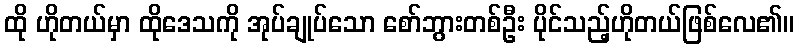
ထို ဟိုတယ်မှာ ထိုဒေသကို အုပ်ချုပ်သော စော်ဘွားတစ်ဦး ပိုင်သည့်ဟိုတယ်ဖြစ်လေ၏။